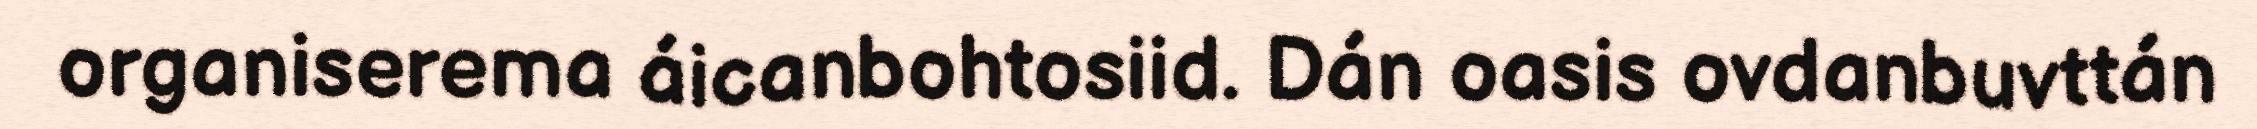
organiserema áicanbohtosiid. Dán oasis ovdanbuvttán